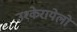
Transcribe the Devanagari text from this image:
उश्केरायेलो